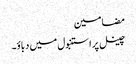
مضامین
چینل پر استنبول میں دباؤ۔